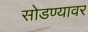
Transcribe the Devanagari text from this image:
सोडण्यावर